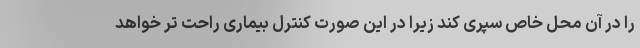
را در آن محل خاص سپری کند زیرا در این صورت کنترل بیماری راحت تر خواهد